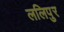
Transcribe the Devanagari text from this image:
ललिपुर